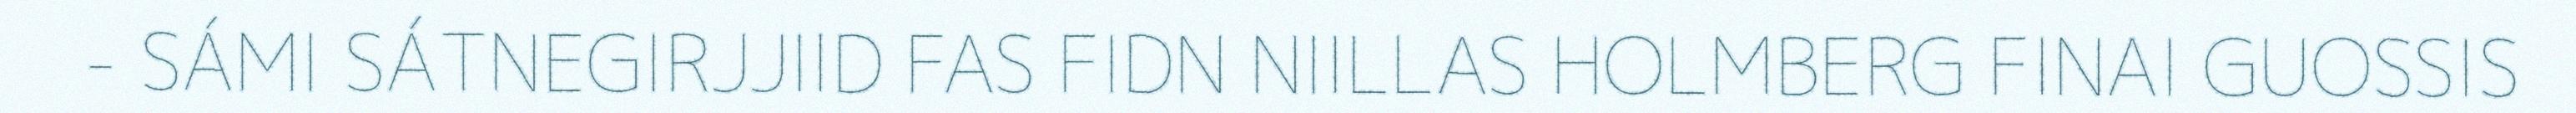
- SÁMI SÁTNEGIRJJIID FAS FIDN NIILLAS HOLMBERG FINAI GUOSSIS